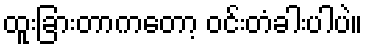
ထူးခြားတာကတော့ ဝင်းတံခါးပါပဲ။